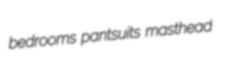
bedrooms pantsuits masthead